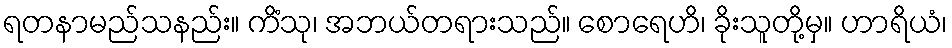
ရတနာမည်သနည်း။ ကိံသု၊ အဘယ်တရားသည်။ စောရေဟိ၊ ခိုးသူတို့မှ။ ဟာရိယံ၊